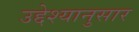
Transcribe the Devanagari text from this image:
उद्देश्यानुसार